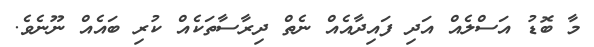
މާ ބޮޑު އަސްލެއް އަދި ފައިދާއެއް ނެތް ދިރާސާތަކެއް ކުރި ބައެއް ނޫނެވެ.